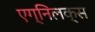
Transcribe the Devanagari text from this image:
एग्निलक्स